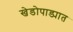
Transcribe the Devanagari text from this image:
खेडोपाड्यात